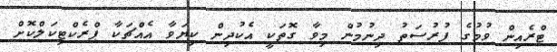
ޓްރެއިން ވުމުގެ ފުރުސަތު ދިނުމުން މިވާ ގޮތަކީ އެކުދިން ކިޔަވާ އެއްޗަކާ ޕްރެކްޓިކަލްކޮށް